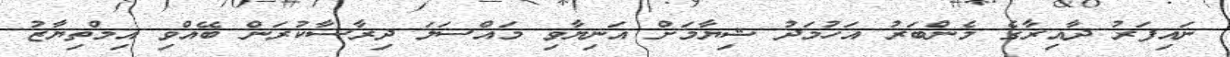
ނައިފަރު ދާއިރާގެ މެންބަރު އަހުމަދު ޝިޔާމަށް އަނިޔާވި މައްސަލަ ދިރާސާކުރަން ބޭއްވި އިމްތިޔާޒު